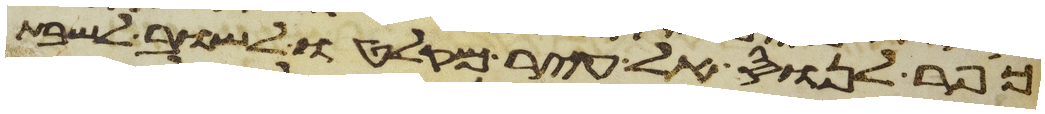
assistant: כפר לנוס אל עיר מקלטו לשוב לשבת